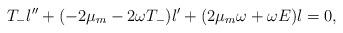
LaTeX: \begin{align*}T_{-}l^{\prime \prime}+(-2\mu_{m}-2\omega T_{-})l^{\prime}+(2\mu_{m}\omega + \omega E)l=0,\end{align*}